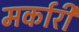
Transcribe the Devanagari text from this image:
मर्कारी